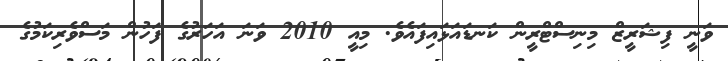
ވަނީ ފިޝަރީޒް މިނިސްޓްރީން ކަނޑައަޅައިފައެވެ. މިއީ 2010 ވަނަ އަހަރުގެ ފަހުން މަސްވެރިކަމުގެ